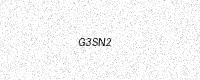
Text: G3SN2